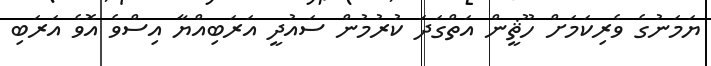
ޔަމަނުގެ ވެރިކަމަށް ހޫޘީން އަތްގަދަ ކުރުމުން ސައުދީ އަރަބިއްޔާ އިސްވެ އޮވެ އަރަބި